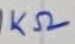
Text: 1KΩ